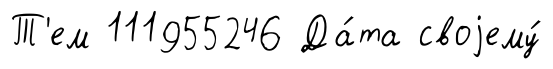
Т'ем 111955246 Да́та своjему́